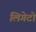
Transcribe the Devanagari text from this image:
लिगेटो